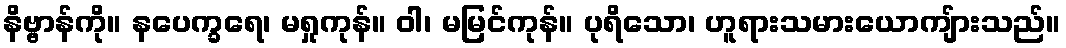
နိဗ္ဗာန်ကို။ နပေက္ခရေ၊ မရှုကုန်။ ဝါ၊ မမြင်ကုန်။ ပုရိသော၊ ဟူရားသမားယောကျ်ားသည်။